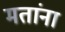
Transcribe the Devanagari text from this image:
मतांना